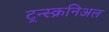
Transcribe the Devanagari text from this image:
ट्रन्स्क्रनिअल